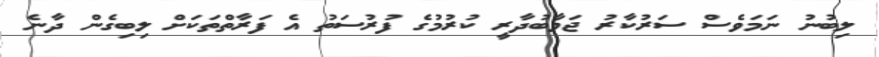
ލިބުނު ނަމަވެސް ސަރުކާރު ޖަވާބުދާރީ ކުރުމުގެ ފުރުސަތު އެ ފަރާތްތަކަށް ލިބިގެން ދާނެ